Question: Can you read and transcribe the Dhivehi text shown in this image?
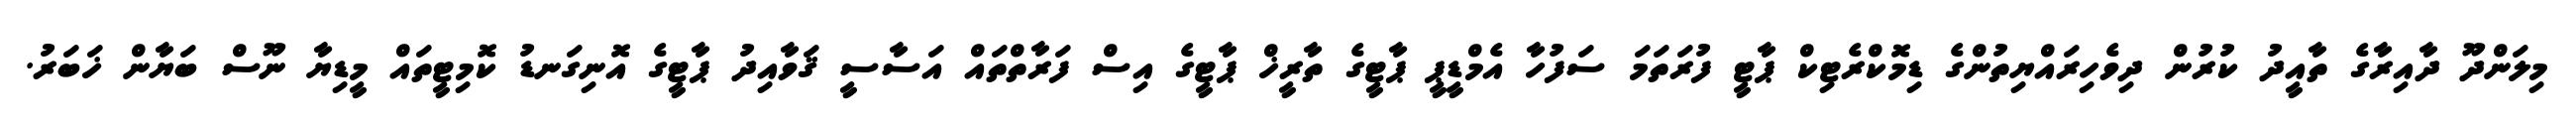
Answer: މިލަންދޫ ދާއިރާގެ ތާއީދު ކުރުން ދިވެހިރައްޔިތުންގެ ޑިމޮކްރެޓިކް ޕާޓީ ފުރަތަމަ ސަފުހާ އެމްޑީޕީ ޕާޓީގެ ތާރީޚް ޕާޓީގެ އިސް ފަރާތްތައް އަސާސީ ޤަވާއިދު ޕާޓީގެ އޮނިގަނޑު ކޮމިޓީތައް މީޑިޔާ ނޫސް ބަޔާން ޚަބަރު.